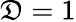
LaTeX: \mathfrak{D}=1